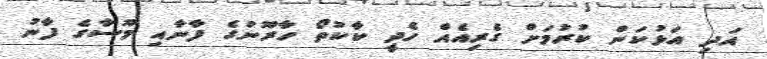
އަދި އަޅުކަން ކުރުމަށް ގެރިއެއް ހެދީ ކާކުތޯ ހާރޫނުގެ ފާނާއި މޫސާގެ ފާނު